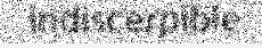
indiscerpible